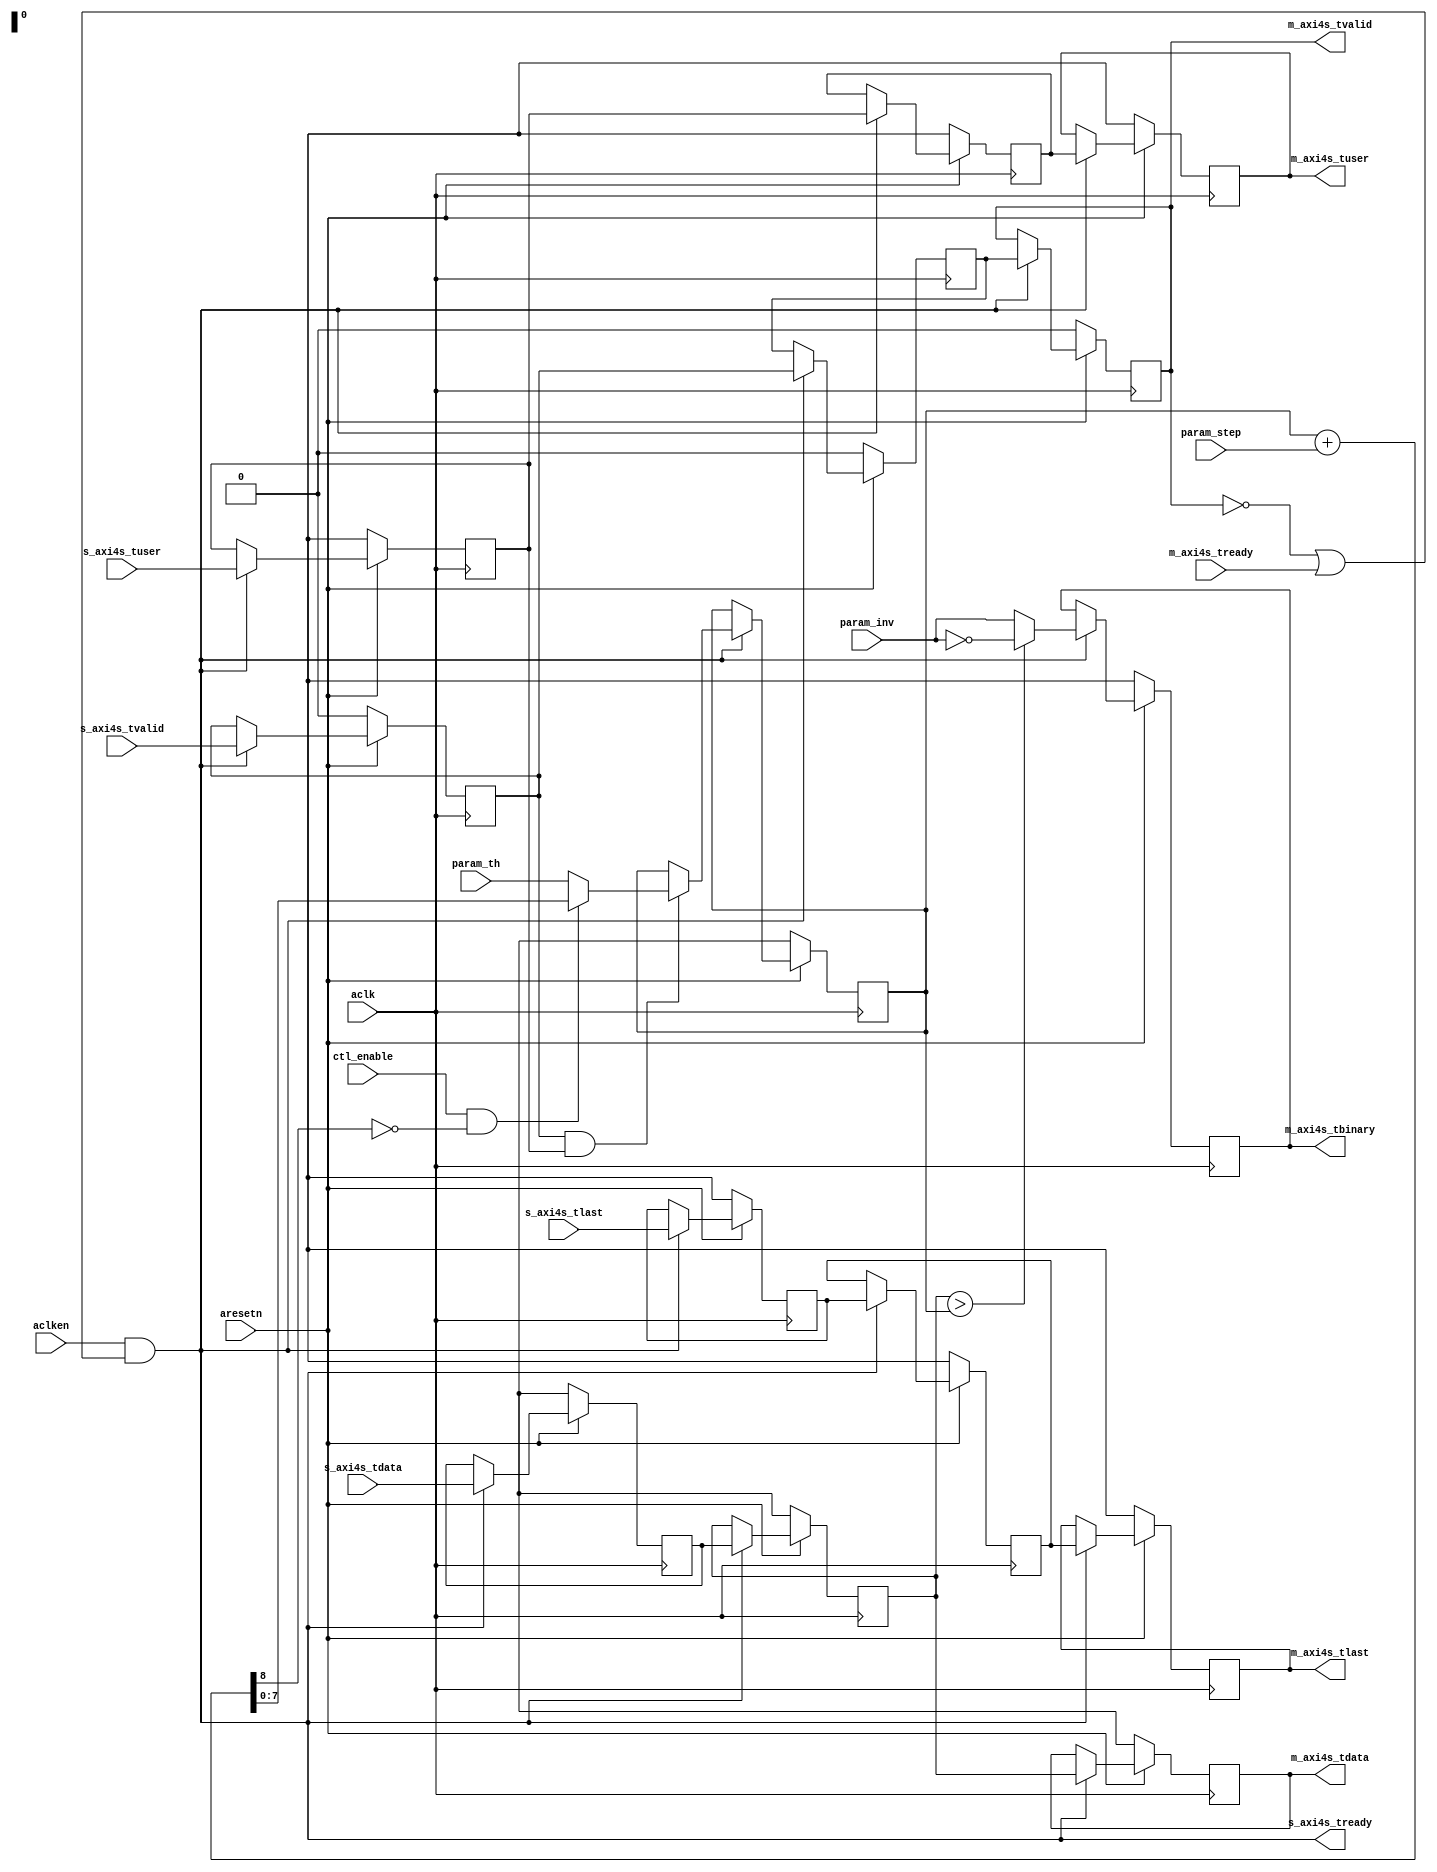
// ---------------------------------------------------------------------------
//  Jelly  -- The platform for real-time computing
//   image processing
//
//                                 Copyright (C) 2008-2018 by Ryuji Fuchikami
//                                 https://github.com/ryuz/jelly.git
// ---------------------------------------------------------------------------



`timescale 1ns / 1ps
`default_nettype none


module jelly_video_pwm_modulator_core
        #(
            parameter   TUSER_WIDTH = 1,
            parameter   TDATA_WIDTH = 8
        )
        (
            input   wire                        aresetn,
            input   wire                        aclk,
            input   wire                        aclken,
            
            input   wire                        ctl_enable,
            input   wire    [TDATA_WIDTH-1:0]   param_th,
            input   wire    [TDATA_WIDTH-1:0]   param_step,
            input   wire                        param_inv,
            
            input   wire    [TUSER_WIDTH-1:0]   s_axi4s_tuser,
            input   wire                        s_axi4s_tlast,
            input   wire    [TDATA_WIDTH-1:0]   s_axi4s_tdata,
            input   wire                        s_axi4s_tvalid,
            output  wire                        s_axi4s_tready,
            
            output  wire    [TUSER_WIDTH-1:0]   m_axi4s_tuser,
            output  wire                        m_axi4s_tlast,
            output  wire    [0:0]               m_axi4s_tbinary,
            output  wire    [TDATA_WIDTH-1:0]   m_axi4s_tdata,
            output  wire                        m_axi4s_tvalid,
            input   wire                        m_axi4s_tready
        );
    
    wire                            cke;
    
    reg     [TUSER_WIDTH-1:0]       st0_tuser;
    reg                             st0_tlast;
    reg     [TDATA_WIDTH-1:0]       st0_tdata;
    reg                             st0_tvalid;
    
    reg     [TDATA_WIDTH-1:0]       st1_th;
    wire    [TDATA_WIDTH:0]         st1_th_next = st1_th + param_step;
    
    reg     [TUSER_WIDTH-1:0]       st1_tuser;
    reg                             st1_tlast;
    reg     [TDATA_WIDTH-1:0]       st1_tdata;
    reg                             st1_tvalid;
    
    reg     [TDATA_WIDTH-1:0]       st2_th;
    reg     [TUSER_WIDTH-1:0]       st2_tuser;
    reg                             st2_tlast;
    reg     [0:0]                   st2_tbinary;
    reg     [TDATA_WIDTH-1:0]       st2_tdata;
    reg                             st2_tvalid;
    
    always @(posedge aclk) begin
        if ( ~aresetn ) begin
            st0_tuser   <= {TUSER_WIDTH{1'bx}};
            st0_tlast   <= 1'bx;
            st0_tdata   <= {TDATA_WIDTH{1'bx}};
            st0_tvalid  <= 1'b0;
            
            st1_th      <= {TDATA_WIDTH{1'bx}};
            st1_tuser   <= {TUSER_WIDTH{1'bx}};
            st1_tlast   <= 1'bx;
            st1_tdata   <= {TDATA_WIDTH{1'bx}};
            st1_tvalid  <= 1'b0;
            
            st2_tuser   <= {TUSER_WIDTH{1'bx}};
            st2_tlast   <= 1'bx;
            st2_tdata   <= {TDATA_WIDTH{1'bx}};
            st2_tbinary <= 1'bx;
            st2_tvalid  <= 1'b0;
        end
        else if ( cke ) begin
            // stage 0
            st0_tuser   <= s_axi4s_tuser;
            st0_tlast   <= s_axi4s_tlast;
            st0_tdata   <= s_axi4s_tdata;
            st0_tvalid  <= s_axi4s_tvalid;
            
            
            // stage 1
            if ( st0_tvalid && st0_tuser ) begin
                if ( ctl_enable && !st1_th_next[TDATA_WIDTH] ) begin
                    st1_th <= st1_th_next;
                end
                else begin
                    st1_th <= param_th;
                end
            end
            st1_tuser  <= st0_tuser;
            st1_tlast  <= st0_tlast;
            st1_tdata  <= st0_tdata;
            st1_tvalid <= st0_tvalid;
            
            
            // stage 2
            st2_tuser  <= st1_tuser;
            st2_tlast  <= st1_tlast;
            st2_tdata  <= st1_tdata;
            st2_tvalid <= st1_tvalid;
            if ( st1_tdata > st1_th ) begin
                st2_tbinary <= 1'b1 ^ param_inv;
            end
            else begin
                st2_tbinary <= 1'b0 ^ param_inv;
            end
        end
    end
    
    assign cke = aclken && (!m_axi4s_tvalid || m_axi4s_tready);
    
    assign s_axi4s_tready = cke;
    
    assign m_axi4s_tuser   = st2_tuser;
    assign m_axi4s_tlast   = st2_tlast;
    assign m_axi4s_tbinary = st2_tbinary;
    assign m_axi4s_tdata   = st2_tdata;
    assign m_axi4s_tvalid  = st2_tvalid;
    
endmodule


`default_nettype wire


// end of file